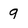
Character: 9